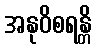
အနုဝိစရန္တိ